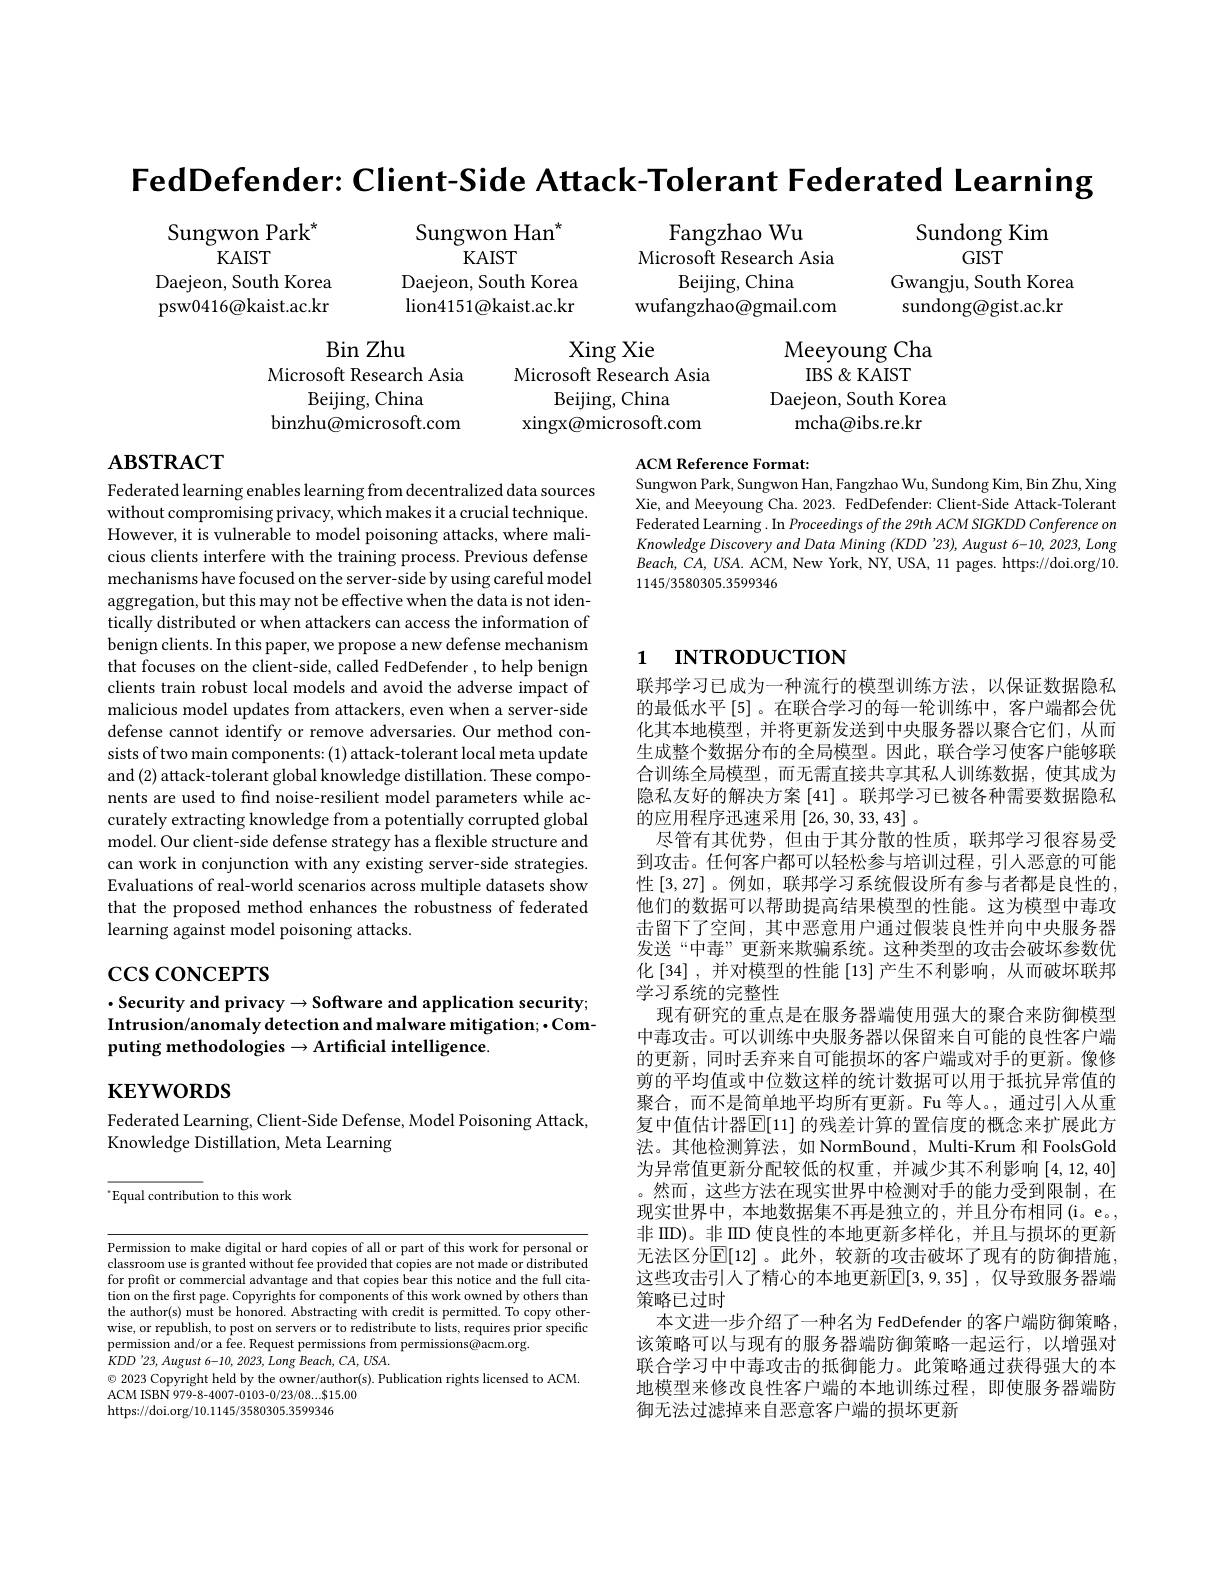
FedDefender: Client-Side Attack-Tolerant Federated Learning

Sungwon Han$^{*}$
KAIST
Microsoft Research Asia
Daejeon, South Korea
Daejeon, South Korea
psw0416@kaist.ac.kr
lion4151@kaist.ac.kr
wufangzhao@gmail.com

Sungwon Park$^*$
KAIST

Fangzhao Wu Beijing, China

Sundong Kim
$GIST$
Gwangju, South Korea sundong@gist.ac.kr

Xing Xie
Meeyoung Cha
IBS & KAIST
Microsoft Research Asia
Beijing, China
Daejeon, South Korea
xingx@microsoft.com
mcha@ibs.re.kr

Bin Zhu
Microsoft Research Asia
Beijing, China
binzhu@microsoft.com

# $\mathbf{ABSTRACT}$

## ACM Reference Format:
Sungwon Park, Sungwon Han, Fangzhao Wu, Sundong Kim, Bin Zhu, Xing

Xie, and Meeyoung Cha. 2023. FedDefender: Client-Side Attack-Tolerant Federated Learning . In Proceedings of the 29th ACM SIGKDD Conference on Knowledge Discovery and Data Mining (KDD'23), August 6-10, 2023, Long $Beach,CA,USA.$ ACM, New York, NY, USA, 11 pages. https://doi.org/10. 1145/3580305.3599346

# 1 INTRODUCTION

Federated learning enables learning from decentralized data sources without compromising privacy, which makes it a crucial technique. However, it is vulnerable to model poisoning attacks, where malicious clients interfere with the training process. Previous defense mechanisms have focused on the server-side by using careful model aggregation, but this may not be effective when the data is not identically distributed or when attackers can access the information of benign clients. In this paper, we propose a new defense mechanism that focuses on the client-side, called FedDefender , to help benign clients train robust local models and avoid the adverse impact of malicious model updates from attackers, even when a server-side defense cannot identify or remove adversaries. Our method consists of two main components: (1) attack-tolerant local meta update and (2) attack-tolerant global knowledge distillation. These components are used to find noise-resilient model parameters while accurately extracting knowledge from a potentially corrupted global model. Our client-side defense strategy has a flexible structure and can work in conjunction with any existing server-side strategies. Evaluations of real-world scenarios across multiple datasets show that the proposed method enhances the robustness of federated learning against model poisoning attacks.

# $\csc\cos$coNCEPTS

## $\cdot$Security and privacy$\to$Software and application security; Intrusion/anomaly detection and malware mitigation; ·Computing methodologies $\to$Artificial intelligence.

联邦学习已成为一种流行的模型训练方法，以保证数据隐私的最低水平[5]。在联合学习的每一轮训练中，客户端都会优化其本地模型，并将更新发送到中央服务器以聚合它们，从而生成整个数据分布的全局模型。因此，联合学习使客户能够联合训练全局模型，而无需直接共享其私人训练数据，使其成为隐私友好的解决方案[41] 。联邦学习已被各种需要数据隐私的应用程序迅速采用[26,30,33,43]。
尽管有其优势，但由于其分散的性质，联邦学习很容易受到攻击。任何客户都可以轻松参与培训过程，引人恶意的可能性 [3,27] 。例如，联邦学习系统假设所有参与者都是良性的， 他们的数据可以帮助提高结果模型的性能。这为模型中毒攻击留下了空间，其中恶意用户通过假装良性并向中央服务器发送“中毒”更新来欺骗系统。这种类型的攻击会破坏参数优化$\left[34\right]$,并对模型的性能$\left[13\right]$产生不利影响，从而破坏联邦学习系统的完整性
现有研究的重点是在服务器端使用强大的聚合来防御模型中毒攻击。可以训练中央服务器以保留来自可能的良性客户端的更新，同时丢弃来自可能损坏的客户端或对手的更新。像修剪的平均值或中位数这样的统计数据可以用于抵抗异常值的聚合，而不是简单地平均所有更新。Fu 等人。,通过引人从重复中值估计器$\overline{\mathbb{E}}[11]$ 的残差计算的置信度的概念来扩展此方法。其他检测算法，如 NormBound, Multi-Krum 和 FoolsGold 为异常值更新分配较低的权重，并减少其不利影响[4,12,40] 。然而，这些方法在现实世界中检测对手的能力受到限制，在现实世界中，本地数据集不再是独立的，并且分布相同(i。e。, 非 IID)。非 IID 使良性的本地更新多样化，并且与损坏的更新无法区分$\mathbb{E}[12]$。此外，较新的攻击破坏了现有的防御措施， 这些攻击引人了精心的本地更新$\mathbb{E} [ 3, 9, 35]$ , 仅导致服务器端策略已过时
本文进一步介绍了一种名为 FedDefender 的客户端防御策略， 该策略可以与现有的服务器端防御策略一起运行，以增强对联合学习中中毒攻击的抵御能力。此策略通过获得强大的本地模型来修改良性客户端的本地训练过程，即使服务器端防御无法过滤掉来自恶意客户端的损坏更新

$\mathbf{KEYWORDS}$

Federated Learning, Client-Side Defense, Model Poisoning Attack,
Knowledge Distillation, Meta Learning

“Equal contribution to this work

Permission to make digital or hard copies of all or part of this work for personal or classroom use is granted without fee provided that copies are not made or distributed for profit or commercial advantage and that copies bear this notice and the full citation on the first page. Copyrights for components of this work owned by others than the author(s) must be honored. Abstracting with credit is permitted. To copy otherwise, or republish, to post on servers or to redistribute to lists, requires prior specific permission and/or a fee. Request permissions from permissions@acm.org.
$KDD^{\prime}23,August$ 6-10, 2023, Long Beach, CA, USA.
$\odot$ 2023 Copyright held by the owner/author(s). Publication rights licensed to ACM.
ACM ISBN 979-8-4007-0103-0/23/08....815.00
https://doi.org/10.1145/3580305.3599346